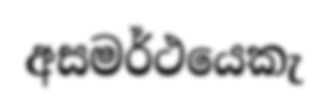
අසමර්ථයෙකැ